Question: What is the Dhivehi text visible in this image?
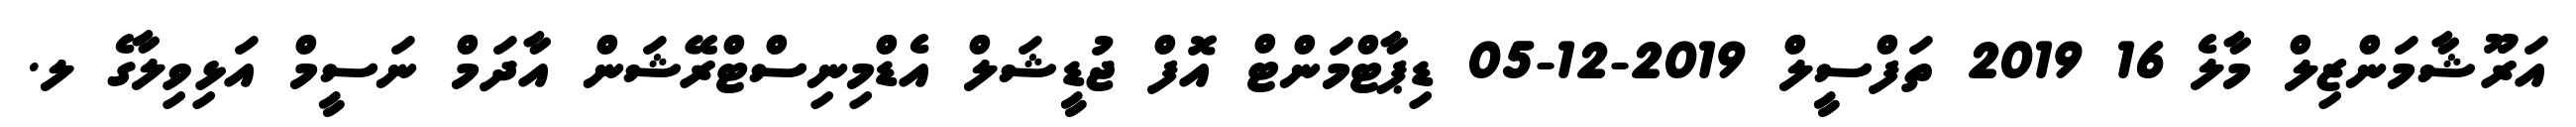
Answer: އަރޫޝާމަންޒިލް މާލެ 16 2019 ތަފްސީލް 2019-12-05 ޑިޕާޓްމަންޓް އޮފް ޖުޑީޝަލް އެޑްމިނިސްޓްރޭޝަން އާދަމް ނަސީމް އަޅިވިލާގެ ލ.